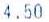
4.50